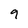
Character: 9